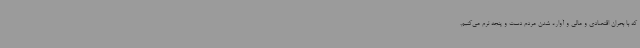
که با بحران اقتصادی و مالی و آواره شدن مردم دست و پنجه نرم می‌کنیم.